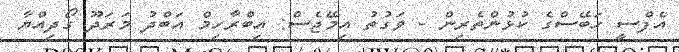
އެފްސީ ހަބޭސްގެ ކުޅުންތެރިން - ވަގުތު އިމޭޖެސް: އިބްރާހިމް އަބްދު މަރަދޫ ގޯދިއްޔާ